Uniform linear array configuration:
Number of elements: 8
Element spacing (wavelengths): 0.25
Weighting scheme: blackman
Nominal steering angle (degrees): -15
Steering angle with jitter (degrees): -15.303
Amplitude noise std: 0.05
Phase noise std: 0.05

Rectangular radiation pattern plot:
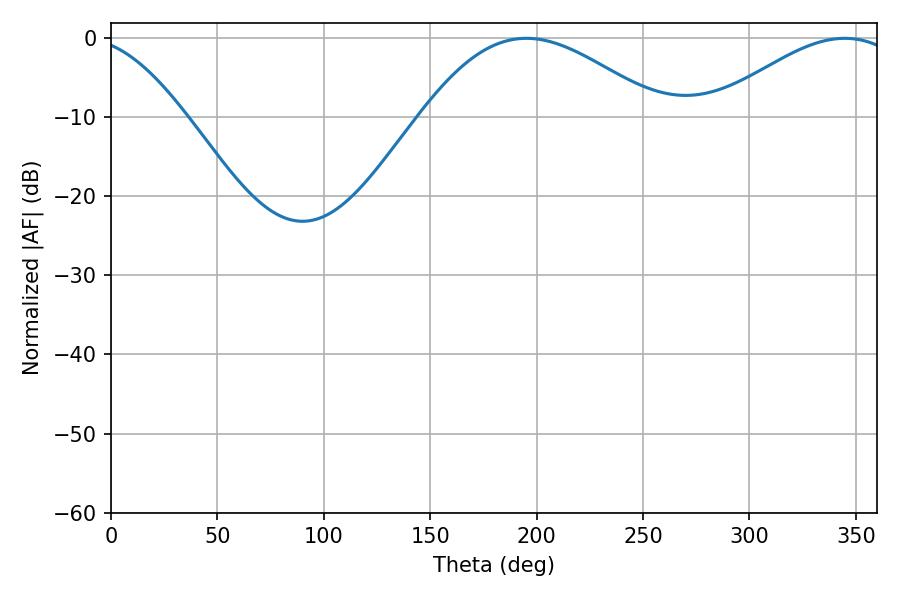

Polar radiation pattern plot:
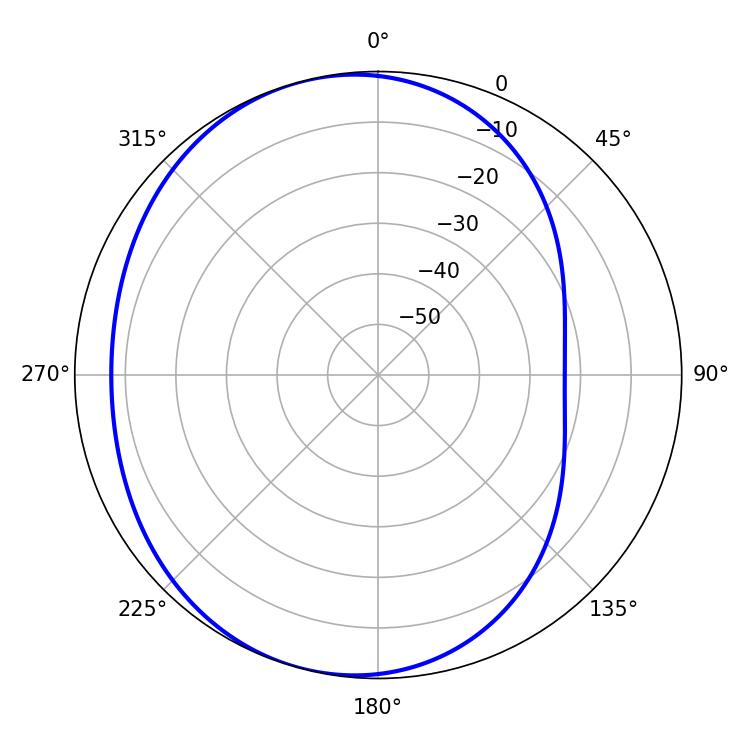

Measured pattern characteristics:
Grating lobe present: FALSE
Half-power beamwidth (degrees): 60.66
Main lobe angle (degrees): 195.12